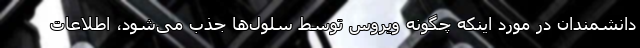
دانشمندان در مورد اینکه چگونه ویروس توسط سلول‌ها جذب می‌شود، اطلاعات